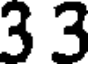
3 3